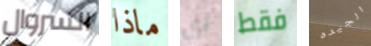
السروال ماذا أي فقط الجيده